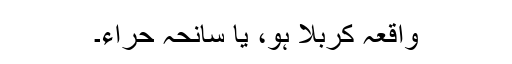
واقعہ کربلا ہو، یا سانحہ حراء۔